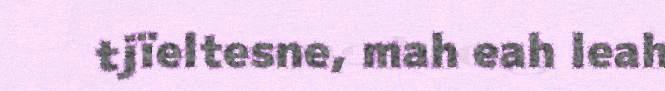
tjïeltesne, mah eah leah